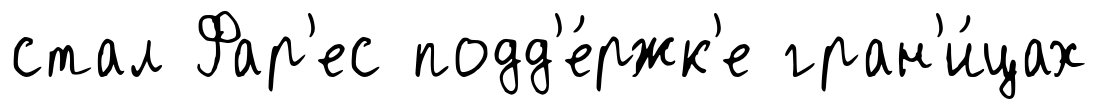
стал Фар'ес подд'е́ржк'е гран'и́цах